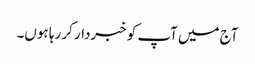
آج میں آپ کو خبردار کر رہا ہوں۔